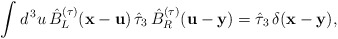
\begin{align*}\int d^{\, 3} u \, \hat{B}_L^{(\tau)} ({\bf x} - {\bf u}) \, \hat{\tau}_3 \, \hat{B}_R^{(\tau)} ({\bf u} - {\bf y}) = \hat{\tau}_3 \, \delta ({\bf x} - {\bf y}) , \end{align*}